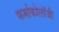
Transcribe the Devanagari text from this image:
फर्माकोलॉजी